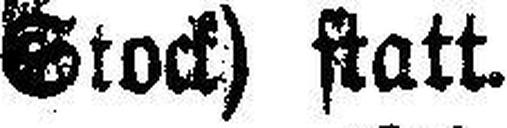
Stock) statt.